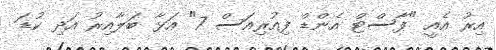
އިރު އެއީ "ފާސްޓް އެންޑް ފިއުރިއަސް 7" އަޅާ ބަލާއިރު އަދި ކުޑަ